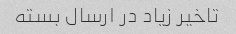
تاخیر زیاد در ارسال بسته